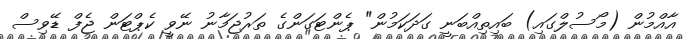
އާއްމުން (މޯސުލްގައި) ބައިތިއްބަނީ ގަދަކަމުން" ޕެންޓަގަންގެ ތަރުޖަމާނު ނޭވީ ކެޕްޓަން ޖެފް ޑޭވިސް